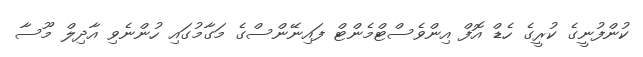
ކުންފުނީގެ ކުރީގެ ހެޑް އޮފް އިންވެސްޓްމެންޓް ފައިނޭންސްގެ މަގާމުގައި ހުންނެވި އާދިލް މޫސާ